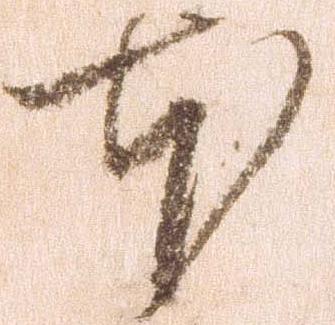
本